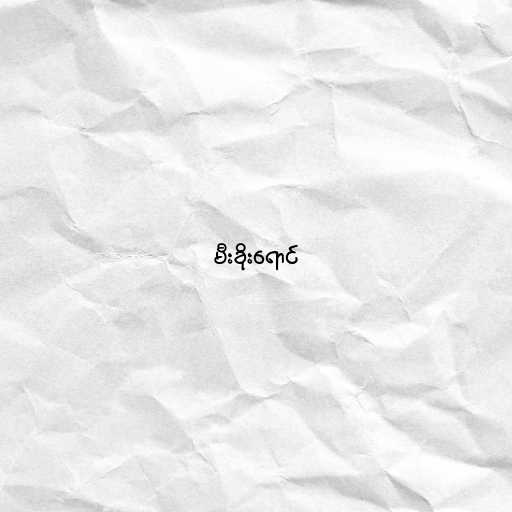
မီးခိုးရောင်